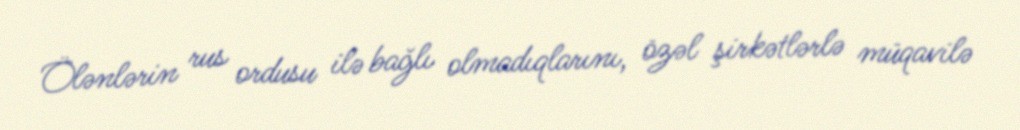
Ölənlərin rus ordusu ilə bağlı olmadıqlarını, özəl şirkətlərlə müqavilə